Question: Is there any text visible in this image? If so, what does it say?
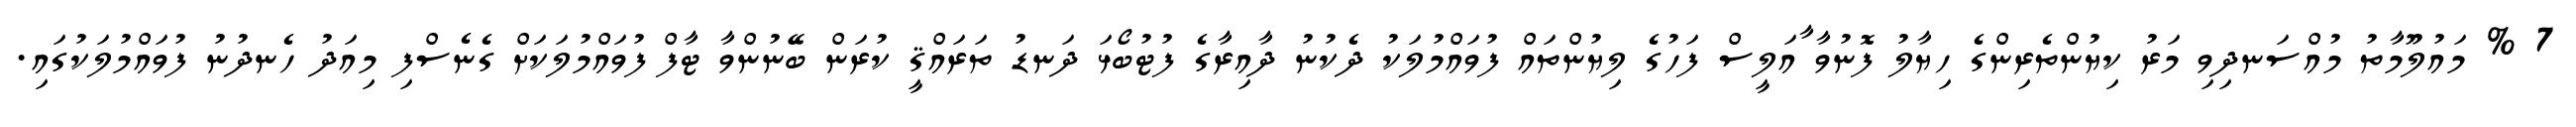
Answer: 7 % މައުލޫމާތު މުއްސަނދިވި މަރު ކިޔުންތެރިންގެ ހިޔާލު ފޮނުވާ ާއަލީސް ފަހުގެ ލިޔުންތައް ފުވައްމުލަކު ދެކުނު ދާއިރާގެ ފުޓުބޯޅަ ދަނޑު ތަރައްޤީ ކުރަން ބޭނުންވާ ޓާފް ފުވައްމުލަކަށް ގެނެސްފި މިއަދު ހެނދުނު ފުވައްމުލަކުގައި.